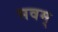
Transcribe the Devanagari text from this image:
भवम्